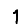
Digit: 1